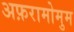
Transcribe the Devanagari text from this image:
अफ़रामोमुम